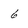
Character: 6